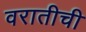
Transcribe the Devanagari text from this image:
वरातीची